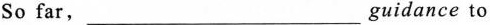
So far, ___ guidance to